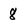
Character: 8